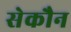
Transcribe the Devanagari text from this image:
सेकौन